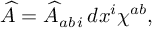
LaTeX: \widehat { A } = \widehat { A } _ { a b \, i } \, d x ^ { i } \chi ^ { a b } ,